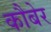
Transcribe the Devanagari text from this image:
कौबेर